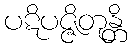
ပဋိပဇ္ဇိတုန္တိ